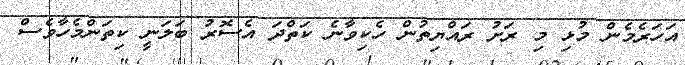
އަހަރެމެން މުޅި މި ރަށު ރައްޔިތުން ހެކިވާނެ ކަތްދަ އެސޮރު ބަލަނީ ކިތަންމެހާވެސް